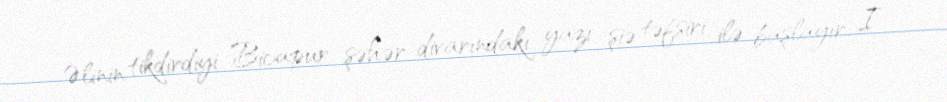
Əlinin tikdirdiyi Bicapur şəhər divarındakı yazı şiə təfsiri ilə başlayır: I